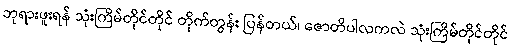
ဘုရားဖူးရန် သုံးကြိမ်တိုင်တိုင် တိုက်တွန်း ပြန်တယ်၊ ဇောတိပါလကလဲ သုံးကြိမ်တိုင်တိုင်